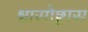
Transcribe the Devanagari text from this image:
श्वासोछ्वास